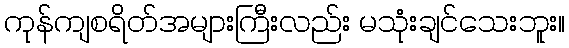
ကုန်ကျစရိတ်အများကြီးလည်း မသုံးချင်သေးဘူး။